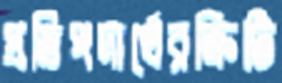
প্রতিপদার্থেরক্রিটি